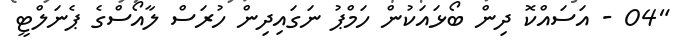
"04 - އަސައްކޮ ދިން ބޯޅައަކުން ހަމްޕު ނަގައިދިން ހުރަސް ލާއޯސްގެ ޕެނަލްޓީ